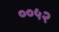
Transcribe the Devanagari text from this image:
००५२